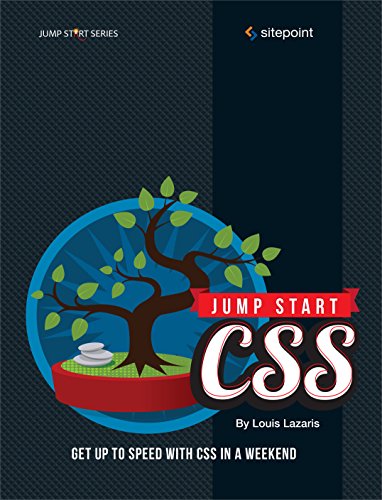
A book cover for Jump Start CSS; Louis Lazaris; Computers & Technology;